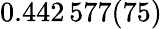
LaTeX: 0.442\, 577(75)